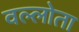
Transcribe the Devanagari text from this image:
वल्लोता